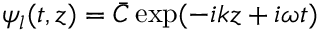
\psi _ { l } ( t , z ) = \bar { C } \exp ( - i k z + i \omega t )